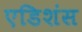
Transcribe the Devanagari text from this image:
एडिशंस